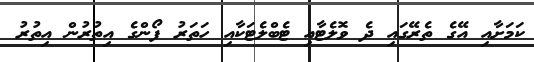
ކަމަށާއި އޭގެ ތެރޭގައި ދެ ވޮލެޓާއި ޓެބްލެޓަކާއި ހަތަރު ފޯންގެ އިތުރުން އިތުރު